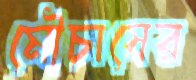
মৌচাষের